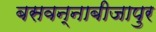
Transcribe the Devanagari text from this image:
बसवन्नाबीजापुर